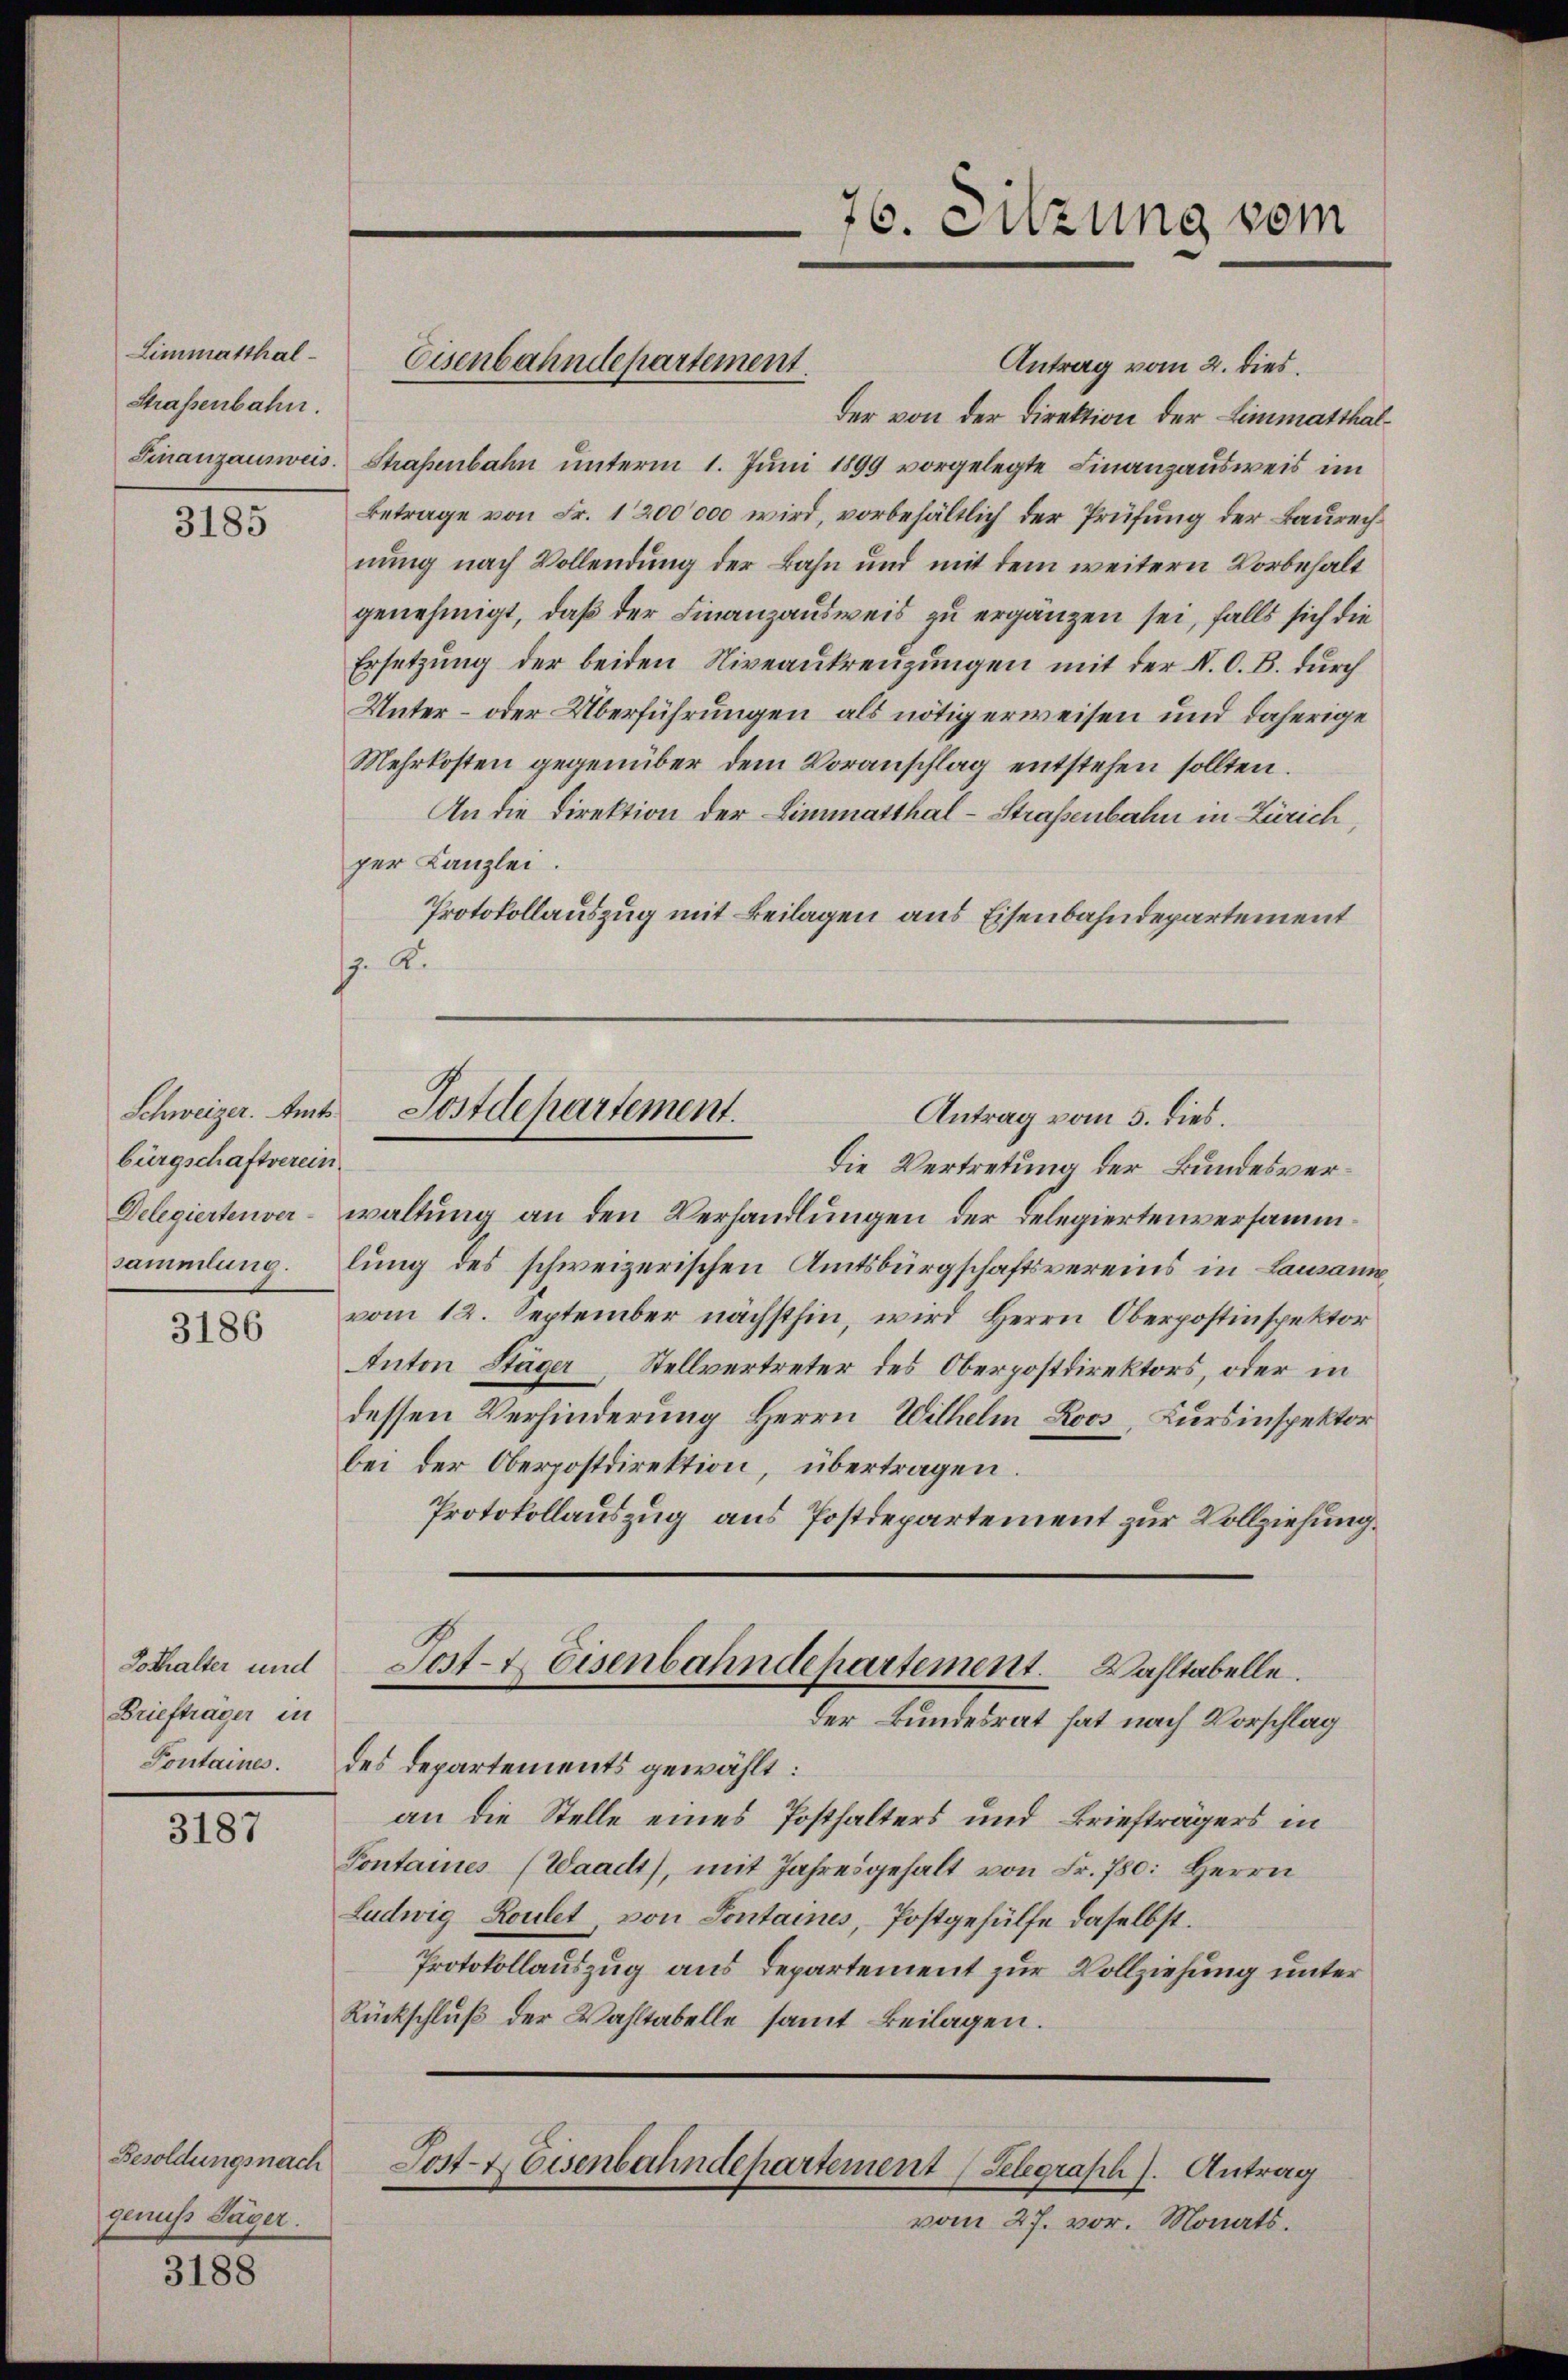
Limmatthal¬
Strassenbahn.

3185

bürgschaftverein
sammlung.

3186

Dothalter und
Briefträger in

3187

genuss Jäger.

3188

Antrag vom 2. dies.
der von der Direktion der Limmatthal¬
Finanzausweis. Straßenbahn ŭnterm 1. Jŭni 1899 vorgelegte Finanzausweis im
Betrage von Fr. 1200000 wird, vorbehältlich der Prüfung der Baurech
nung nach Vollendung der Bahn und mit dem weitern Vorbehalt
genehmigt, daß der Finanzausweis zu ergänzen sei, falls sich die
Ersetzung der beiden Niveaukreuzungen mit der N. O. B. durch
Unter- oder Überführungen als nötig erweisen und daherige
Mehrkosten gegenüber dem Voranschlag entstehen sollten.
An die Direktion der Limmatthal-Straßenbahn in Zürich,
per Kanzlei.
Protokollauszug mit Beilagen aus Eisenbahndepartement
. F.

Eisenbahndepartement.

76. Sitzung vom

Die Vertretung der Bundesver¬
Delegiertenverwaltung an den Verhandlungen der Delegiertenversammlung des schweizerischen Amtsbürgschaftsvereins in Lausann
vom 12. September nächsthin, wird Herrn Oberpostinspektor
Anton Stäger Stellvertreter des Oberpostdirektors, oder in
dessen Verhinderung Herrn Wilhelm Roos, Kursinspektor
bei der Oberpostdirektion, übertragen.
Protokollauszug aus Postdepartement zur Vollziehung.
Post- & Eisenbahndepartement. Wahltabelle.
Der Bundesrat hat nach Vorschlag
Tontaines. des Departements gewählt:
an die Stelle eines Posthalters und Briefträgers in
Pontaines (Waadt), mit Jahresgehalt von Fr. 780: Herrn
Ludwig Routet, von Sontaines, Postgehülfe daselbst.
Protokollauszug aus Departement zur Vollziehung unter
Rückschluß der Wahltabelle samt Beilagen.

Schweizer. Amt Postdepartement.
Antrag vom 5. dies.

Besoldungsnach Post- & Eisenbahndepartement (Telegraph s. Antrag

vom 27. vor. Monats.